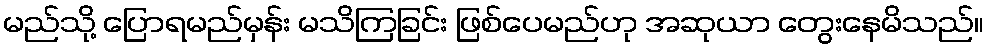
မည်သို့ ပြောရမည်မှန်း မသိကြခြင်း ဖြစ်ပေမည်ဟု အဆုယာ တွေးနေမိသည်။